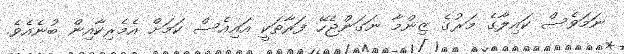
ނަމަވެސް ކައިލާގެ މަރުގެ ޒިންމާ ނަގަންޖެހޭ ފަރާތަކީ އައިއެސް ކަމަށް އެމެރިކާއިން ބުނެއެވެ.